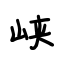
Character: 峡